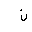
Letter: _non